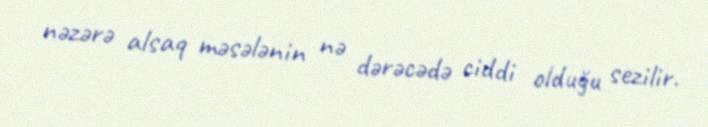
nəzərə alsaq məsələnin nə dərəcədə ciddi olduğu sezilir.